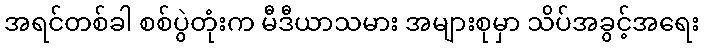
အရင်တစ်ခါ စစ်ပွဲတုံးက မီဒီယာသမား အများစုမှာ သိပ်အခွင့်အရေး